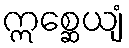
ဣစ္ဆေယျံ